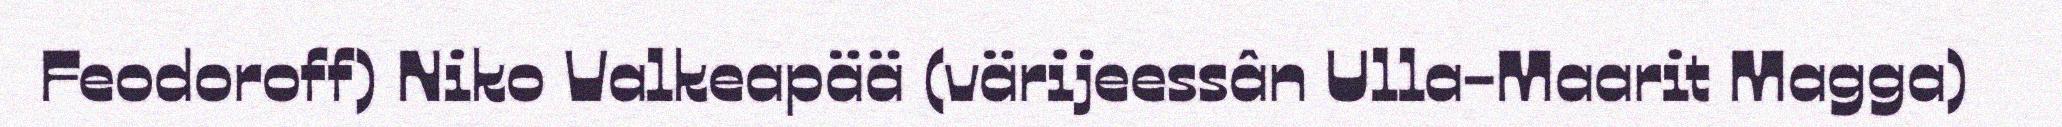
Feodoroff) Niko Valkeapää (värijeessân Ulla-Maarit Magga)